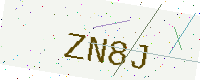
Text: ZN8J